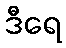
ဒီရေ